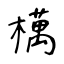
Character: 𣜜